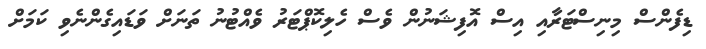
ޑިފެންސް މިނިސްޓަރާއި އިސް އޮފިޝަނުން ވެސް ހެލިކޮޕްޓަރު ވެއްޓުނު ތަަނަށް ވަޑައިގެންނެވި ކަމަށް